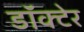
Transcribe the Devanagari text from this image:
डॉक्टेर